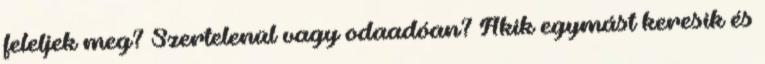
feleljek meg? Szertelenül vagy odaadóan? Akik egymást keresik és